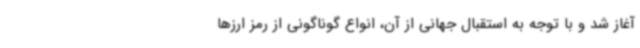
آغاز شد و با توجه به استقبال جهانی از آن، انواع گوناگونی از رمز ارزها